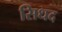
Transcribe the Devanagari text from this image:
सिधद